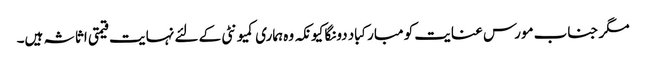
مگر جناب مورس عنایت کو مبارکباد دونگا کیونکہ وہ ہماری کمیونٹی کے لئے نہایت قیمتی اثاثہ ہیں۔